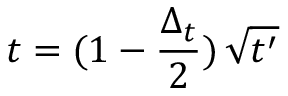
t = ( 1 - \frac { \Delta _ { t } } { 2 } ) \, \sqrt { t ^ { \prime } }